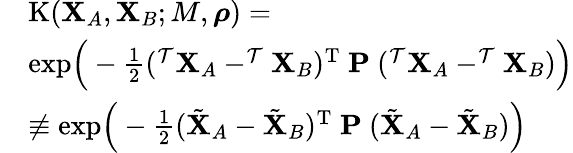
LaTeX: \begin{array}{rl}&{\mathrm{K}(\mathbf{X}_{A},\mathbf{X}_{B};M,\boldsymbol{\rho})=}\\ &{\mathrm{exp}\Big(-\frac{1}{2}(^{\mathcal{T}}\mathbf{X}_{A}-^{\mathcal{T}}\mathbf{X}_{B})^{\mathrm{T}}\ \mathbf{P}\ (^{\mathcal{T}}\mathbf{X}_{A}-^{\mathcal{T}}\mathbf{X}_{B})\Big)}\\ &{\not\equiv\mathrm{exp}\Big(-\frac{1}{2}(\tilde{\mathbf{X}}_{A}-\tilde{\mathbf{X}}_{B})^{\mathrm{T}}\ \mathbf{P}\ (\tilde{\mathbf{X}}_{A}-\tilde{\mathbf{X}}_{B})\Big)}\end{array}